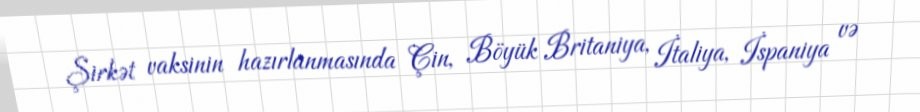
Şirkət vaksinin hazırlanmasında Çin, Böyük Britaniya, İtaliya, İspaniya və